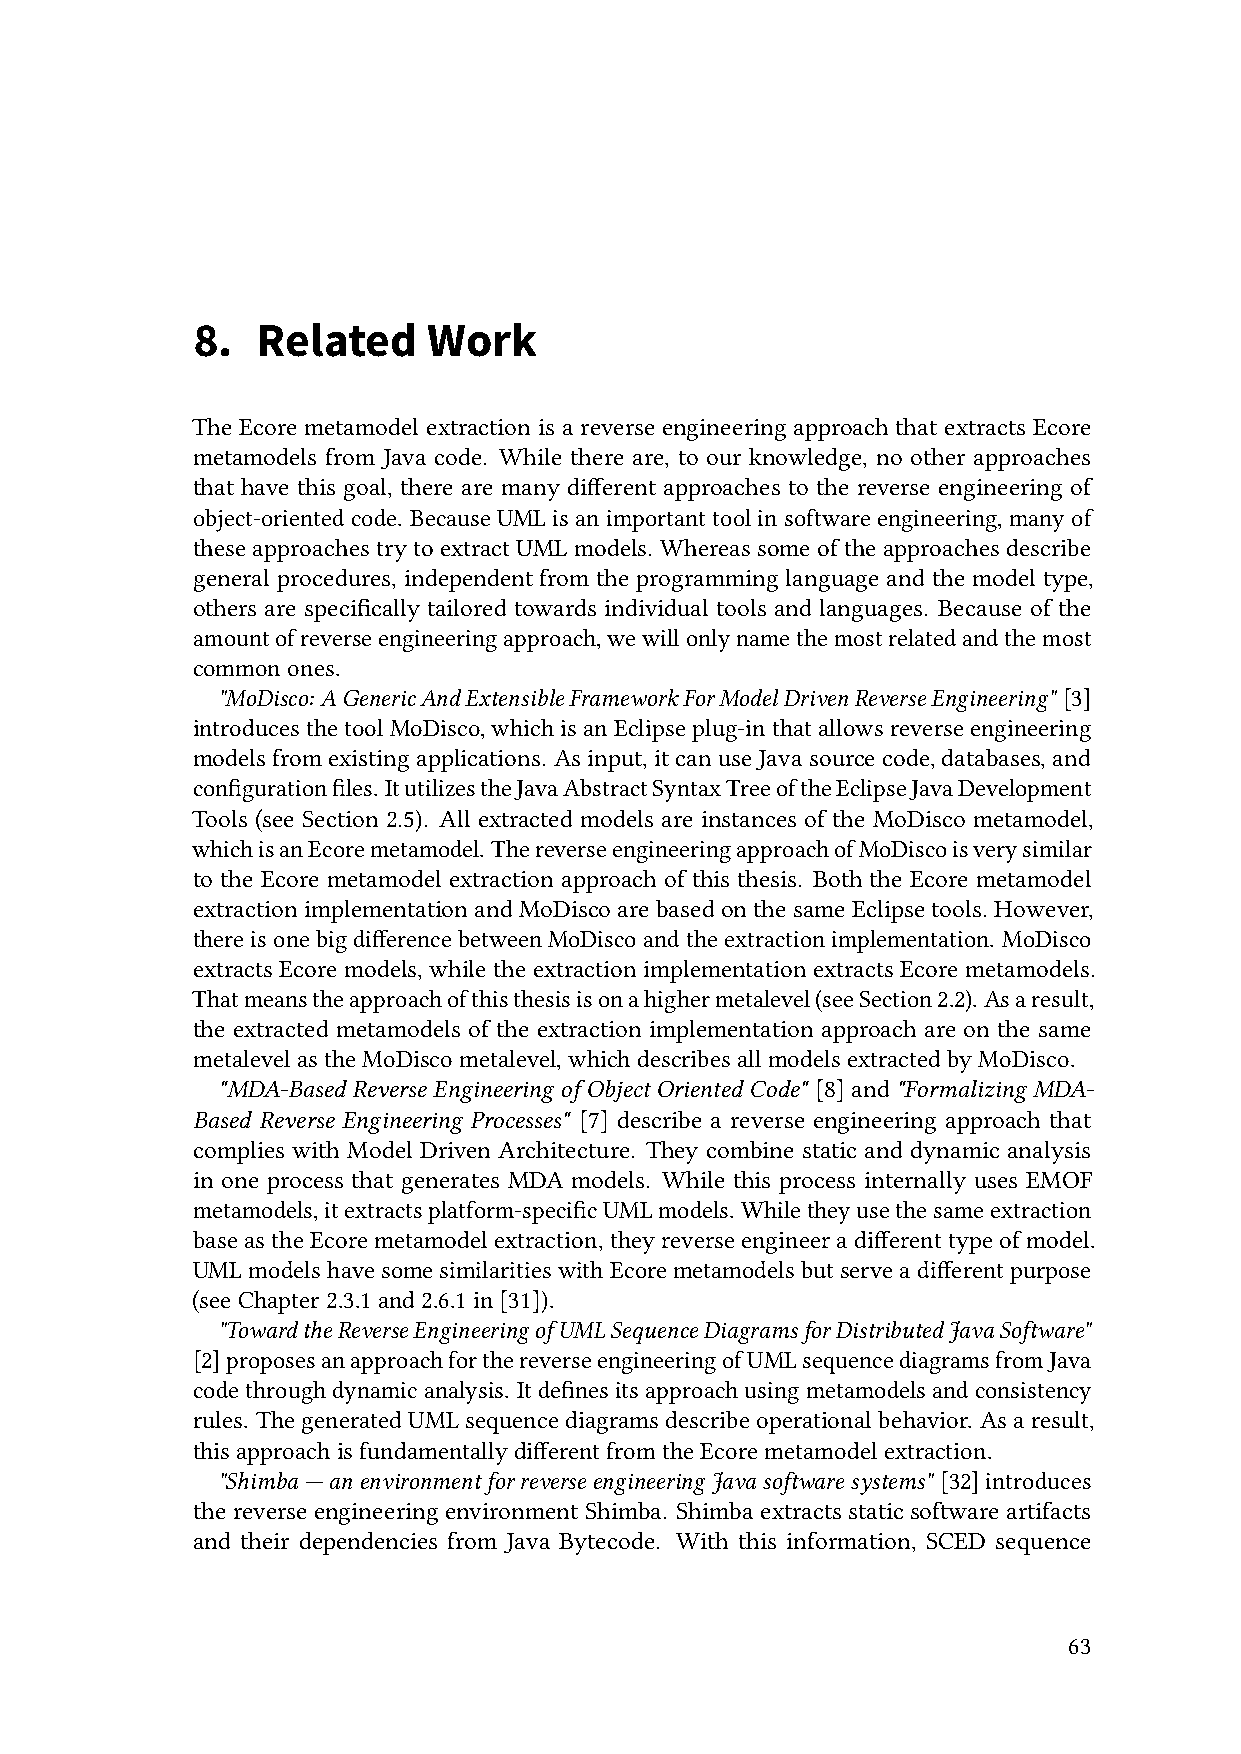
8.  Related    Work
 The Ecore metamodel extraction is a reverse engineering approach that extracts Ecore
 metamodels from Java code. While there are, to our knowledge, no other approaches
 that have this goal, there are many different approaches to the reverse engineering of
 object-orientedcode. BecauseUMLisanimportanttoolinsoftwareengineering,manyof
 these approachestryto extractUML models. Whereas someof theapproaches describe
 general procedures, independent from the programming language and the model type,
 others are specifically tailored towards individual tools and languages. Because of the
 amountofreverseengineeringapproach,wewillonlynamethemostrelatedandthemost
 commonones.
 "MoDisco: AGenericAndExtensibleFrameworkForModelDrivenReverseEngineering" [3]
 introducesthetoolMoDisco,whichisanEclipseplug-inthatallowsreverseengineering
 modelsfromexistingapplications. Asinput,itcanuseJavasourcecode,databases,and
 configurationfiles. ItutilizestheJavaAbstractSyntaxTreeoftheEclipseJavaDevelopment
 Tools (see Section 2.5). All extracted models are instances of the MoDisco metamodel,
 whichisanEcoremetamodel. ThereverseengineeringapproachofMoDiscoisverysimilar
 to the Ecore metamodel extraction approach of this thesis. Both the Ecore metamodel
 extractionimplementationandMoDiscoarebasedonthesameEclipsetools. However,
 thereisonebigdifferencebetweenMoDiscoandtheextractionimplementation. MoDisco
 extracts Ecore models, whilethe extraction implementation extracts Ecoremetamodels.
 Thatmeanstheapproachofthisthesisisonahighermetalevel(seeSection2.2). Asaresult,
 the extracted metamodels of the extraction implementation approach are on the same
 metalevelastheMoDiscometalevel,whichdescribesallmodelsextractedbyMoDisco.
 "MDA-Based Reverse Engineering of Object Oriented Code" [8] and "Formalizing MDA-
 Based Reverse Engineering Processes" [7] describe a reverse engineering approach that
 complies with Model Driven Architecture. They combine static and dynamic analysis
 in one process that generates MDA models. While this process internally uses EMOF
 metamodels,itextractsplatform-specificUMLmodels. Whiletheyusethesameextraction
 baseastheEcoremetamodelextraction, theyreverseengineeradifferenttypeofmodel.
 UMLmodelshavesomesimilaritieswithEcoremetamodelsbutserveadifferentpurpose
 (seeChapter2.3.1and2.6.1in[31]).
 "TowardtheReverseEngineeringofUMLSequenceDiagramsforDistributedJavaSoftware"
 [2]proposesanapproachforthereverseengineeringofUMLsequencediagramsfromJava
 codethroughdynamicanalysis. Itdefinesitsapproachusingmetamodelsandconsistency
 rules. ThegeneratedUMLsequencediagramsdescribeoperationalbehavior. Asaresult,
 thisapproachisfundamentallydifferentfromtheEcoremetamodelextraction.
 "Shimba—anenvironmentforreverseengineeringJavasoftwaresystems" [32]introduces
 the reverse engineering environment Shimba. Shimba extracts static software artifacts
 and their dependencies from Java Bytecode. With this information, SCED sequence
 63